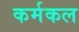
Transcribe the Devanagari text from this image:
कर्मकल